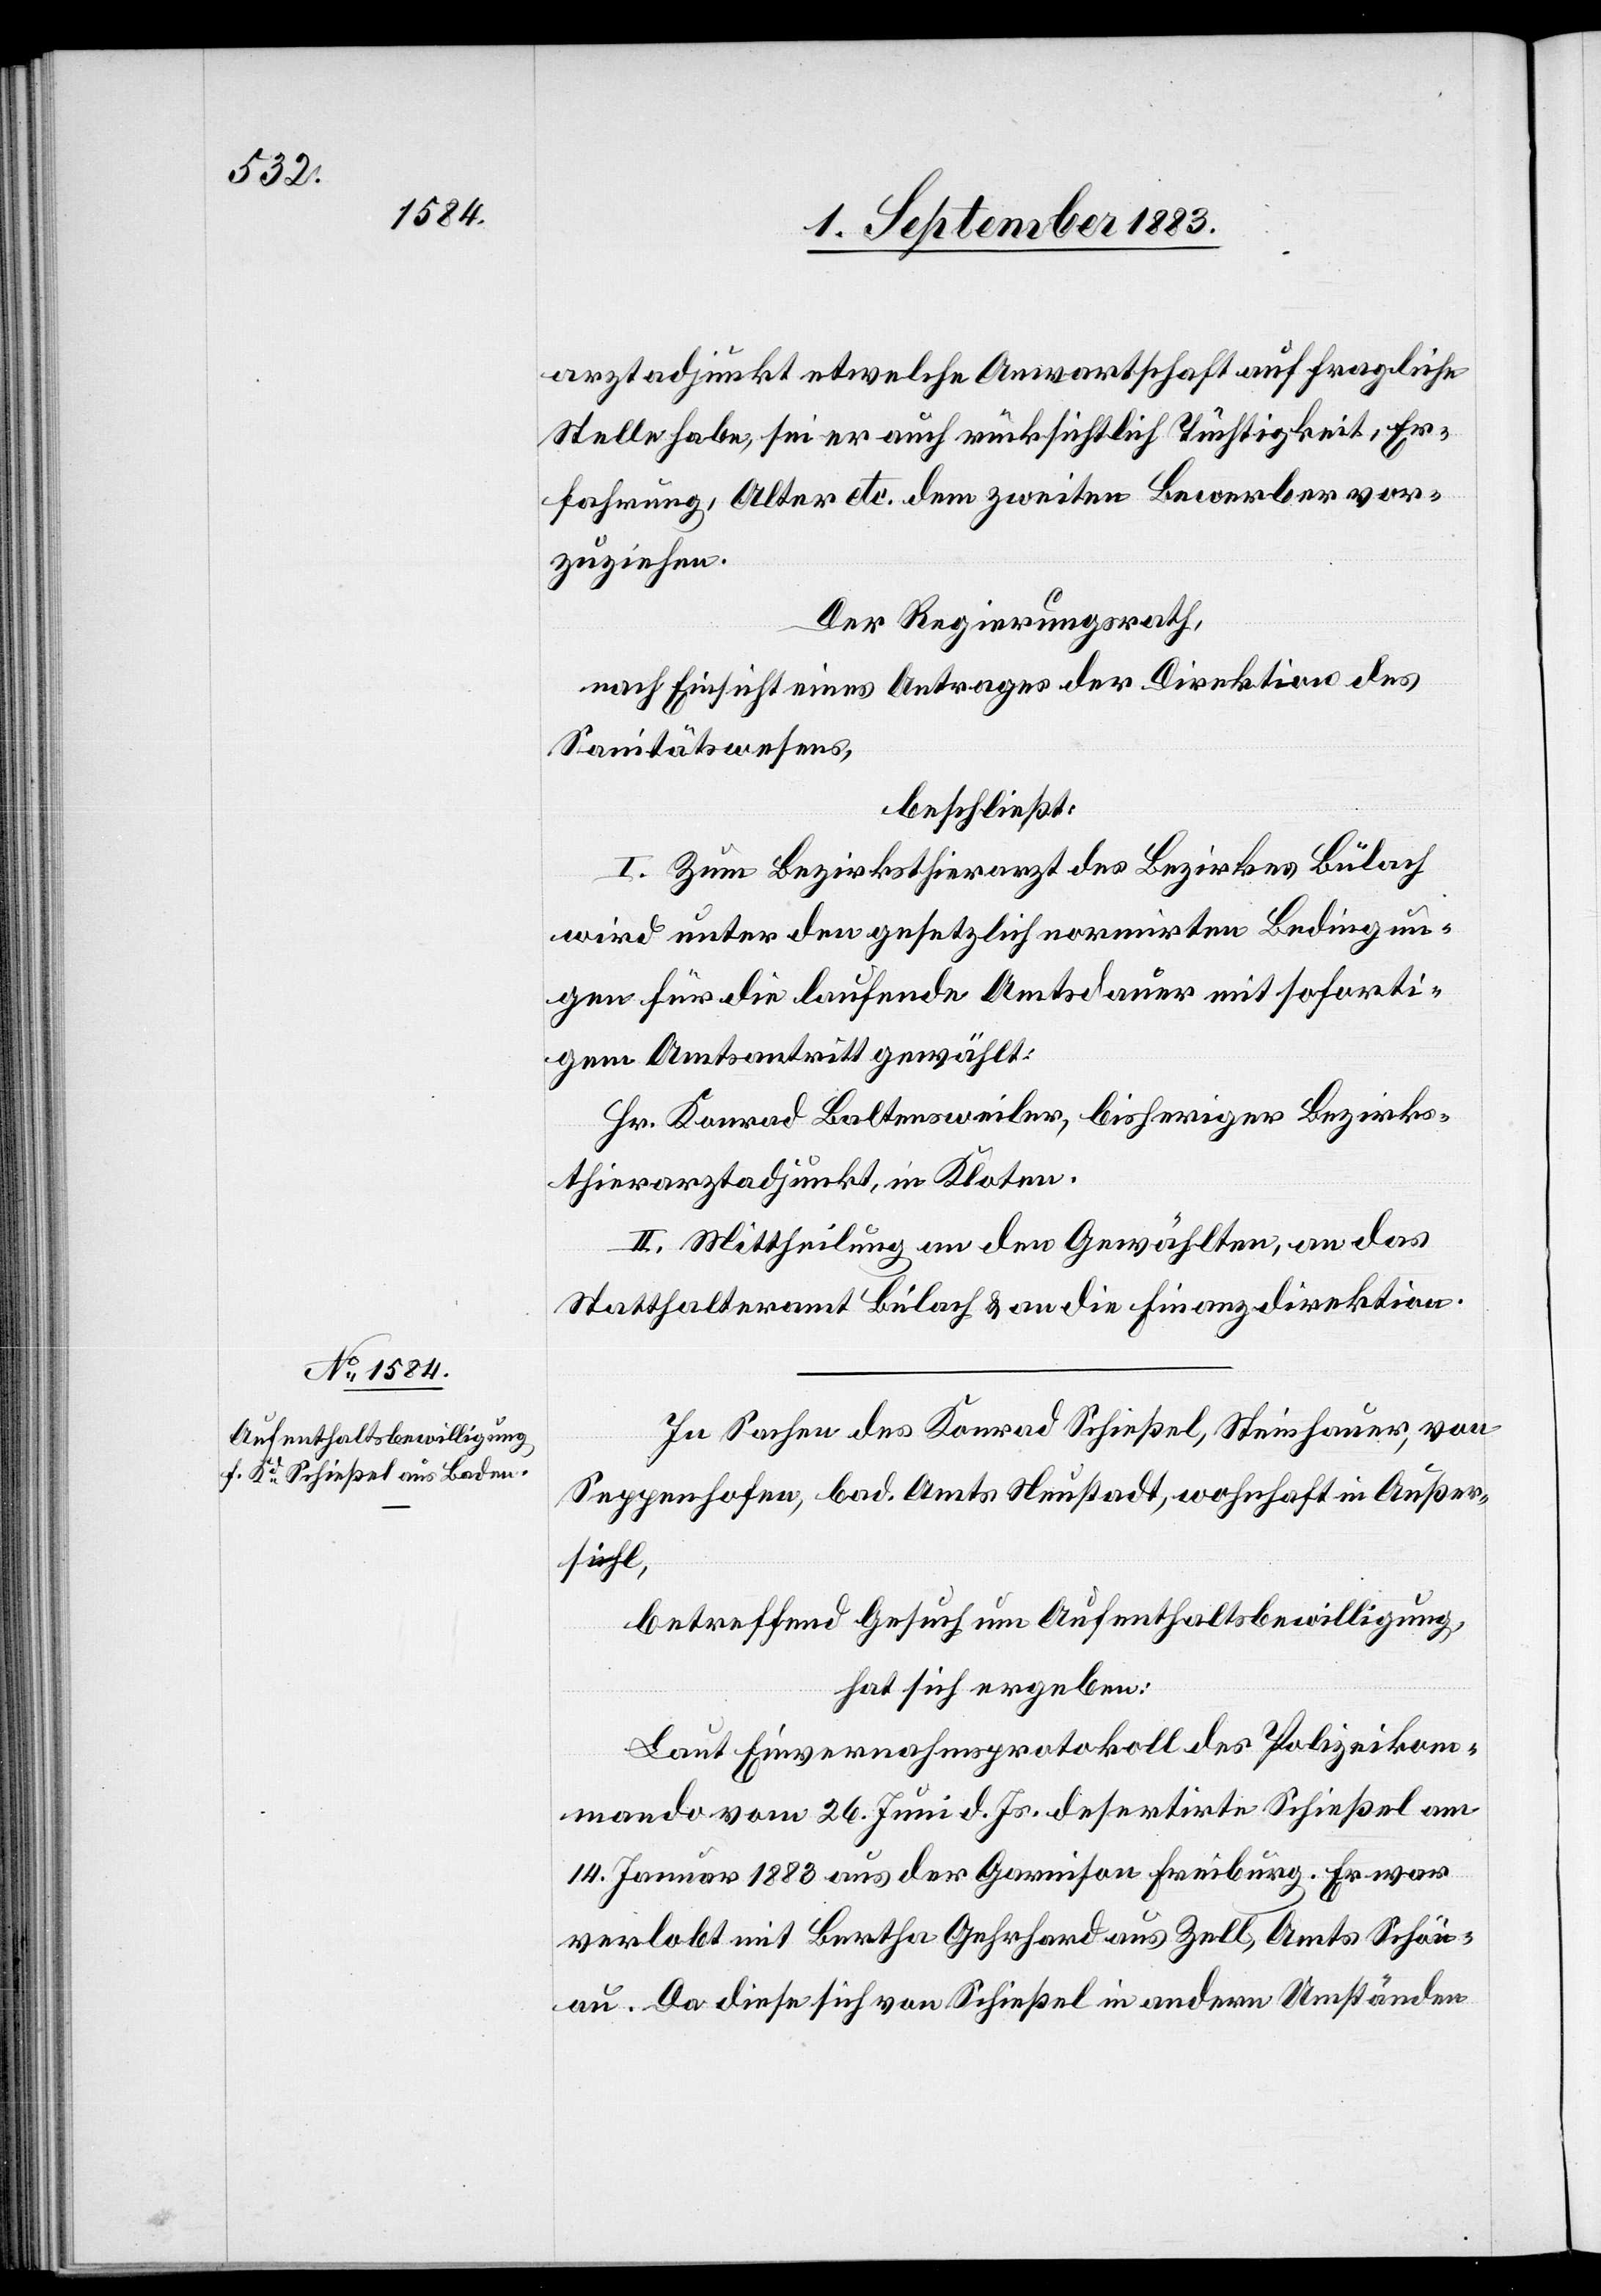
arztadjunkt etwelche Anwartschaft auf fragliche
Stelle habe, sei er auch rücksichtlich Tüchtigkeit, Er¬
fahrung, Alter etc. dem zweiten Bewerber vor¬
zuziehen.
Der Regierungsrath,
nach Einsicht eines Antrages der Direktion des
Sanitätswesens,
beschließt:
I. Zum Bezirksthierarzt des Bezirkes Bülach
wird unter den gesetzlich normirten Bedingun¬
gen für die laufende Amtsdauer gewählt:
Hr. Konrad Baltensweiler, bisheriger Bezirks¬
thierarztadjunkt, in Kloten.
II. Mittheilung an den Gewählten, an das
Statthalteramt Bülach & an die Finanzdirektion.
In Sachen des Konrad Schießel, Steinhauer, von
Seppenhofen, bad. Amts Neustadt, wohnhaft in Außer¬
sihl,
betreffend Gesuch um Aufenthaltsbewilligung,
hat sich ergeben:
Laut Einvernahmsprotokoll des Polizeikom¬
mando vom 26. Juni d. Js. desertirte Schießel am
14. Januar 1883 aus der Garnison Freiburg. Er war
verlobt mit Bertha Gehrhard aus Zell, Amts Schön¬
au. Da diese sich von Schießel in andern Umständen